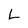
Character: L